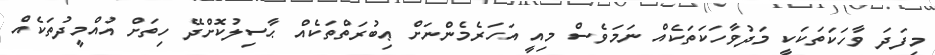
މިފަދަ ވާހަކަތަކަކީ މަދުވާހަކަތަކެއް ނަމަވެސް މިއީ އަހަރެމެންނަށް ޢިބުރަތްތަކެއް ޙާސިލުކޮށްދޭ ހިތަށް އުއްމީދުތަކެއެް